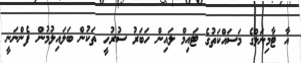
އާ ޓާމިނަލްގެ މަސައްކަތުގެ ޓައިމް ލައިން ހަބަރު ސުރުހީ ތަކުން ބަލައިލުމުން ފެންނަނީ